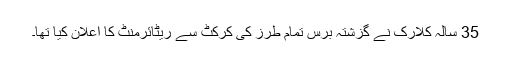
35 سالہ کلارک نے گزشتہ برس تمام طرز کی کرکٹ سے ریٹائرمنٹ کا اعلان کیا تھا۔